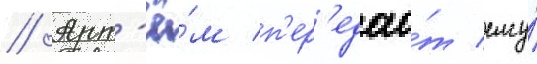
// Арт'ё́м п'ер'едао́т ему́